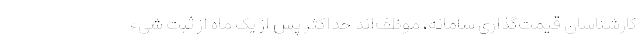
کارشناسان قیمت‌گذاری سامانه، موظف‌اند حداکثر پس از یک ماه از ثبت شیء